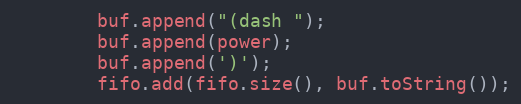
Language: Java
        buf.append("(dash ");
        buf.append(power);
        buf.append(')');
        fifo.add(fifo.size(), buf.toString());